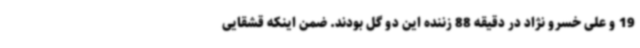
19 و علی خسرو نژاد در دقیقه 88 زننده این دو گل بودند. ضمن اینکه قشقایی